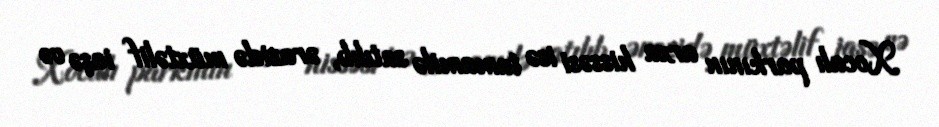
Xocalı parkının arxa hissəsi isə tamamilə satılıb, ərazidə müxtəlif iaşə və